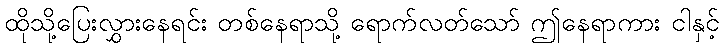
ထိုသို့ပြေးလွှားနေရင်း တစ်နေရာသို့ ရောက်လတ်သော် ဤနေရာကား ငါနှင့်